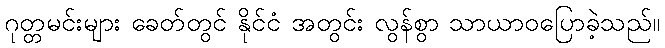
ဂုတ္တမင်းများ ခေတ်တွင် နိုင်ငံ အတွင်း လွန်စွာ သာယာဝပြောခဲ့သည်။